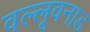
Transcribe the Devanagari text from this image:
वल्लूवनाड